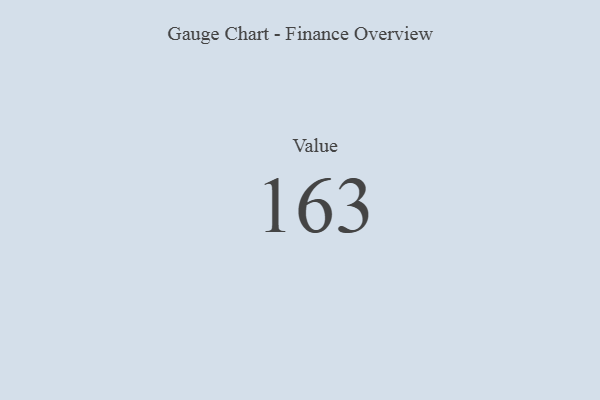
{"axis": {"x": "Metric", "y": "Value"}, "legend": [""], "data": [{"x": "Value", "y": 163, "type": ""}]}